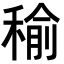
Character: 𥠕